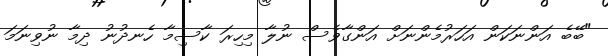
"ބޭބެ އަންނަކަން އަހަރުމެންނަށް އަންގާވެސް ނުލާ މިހިރަ ކާސިމާ ހެނދުނު ދިމާ ނުވިނަމަ